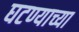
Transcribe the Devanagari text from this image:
घटण्याच्या